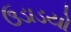
ઉડાડયો